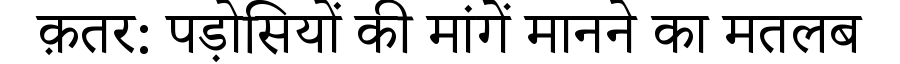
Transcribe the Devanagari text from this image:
क़तर: पड़ोसियों की मांगें मानने का मतलब